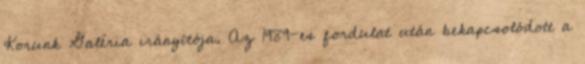
Korunk Galéria irányítója. Az 1989-es fordulat után bekapcsolódott a